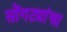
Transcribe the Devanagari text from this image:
सोंगट्यांचा